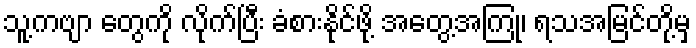
သူ့ကဗျာ တွေကို လိုက်ပြီး ခံစားနိုင်ဖို့ အတွေ့အကြုံ၊ ရသအမြင်တို့မှ